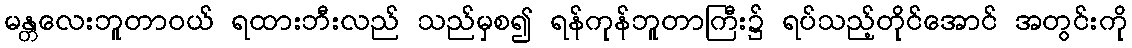
မန္တလေးဘူတာဝယ် ရထားဘီးလည် သည်မှစ၍ ရန်ကုန်ဘူတာကြီး၌ ရပ်သည့်တိုင်အောင် အတွင်းကို